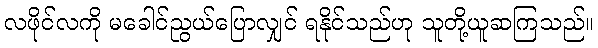
လဖိုင်လကို မခေါင်ညွယ်ပြောလျှင် ရနိုင်သည်ဟု သူတို့ယူဆကြသည်။